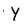
Character: Y